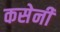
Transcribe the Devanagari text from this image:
कसेनी